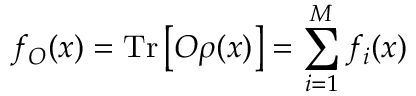
f _ { O } ( x ) = \mathrm { T r } \left[ O \rho ( x ) \right] = \sum _ { i = 1 } ^ { M } f _ { i } ( x )